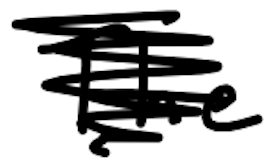
Text: The
Cross-out: scratch
Writing tool: digital_black